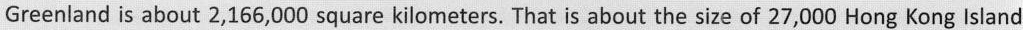
Greenland is about 2,166,000 square kilometers. That is about the size of 27,000 Hong Kong lsland.